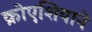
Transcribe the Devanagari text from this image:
क्रोएशियाने